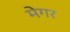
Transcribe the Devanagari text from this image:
मेगर